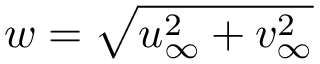
w = \sqrt { u _ { \infty } ^ { 2 } + v _ { \infty } ^ { 2 } }